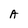
Character: A